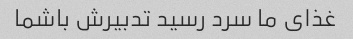
غذای ما سرد رسید تدبیرش باشما